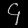
Digit: ၄